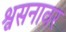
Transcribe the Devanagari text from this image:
श्वसनावर